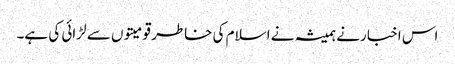
اس اخبا رنے ہمیشہ نے اسلام کی خاطر قومیتوں سے لڑائی کی ہے۔